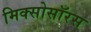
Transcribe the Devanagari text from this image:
मिक्सोसॉरस